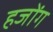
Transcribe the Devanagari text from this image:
हजोंग